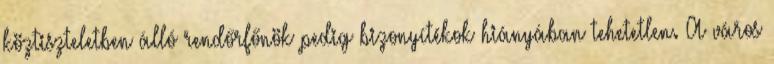
köztiszteletben álló rendőrfőnök pedig bizonyítékok hiányában tehetetlen. A város